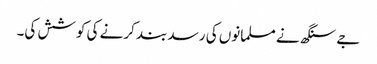
جے سنگھ نے مسلمانوں کی رسد بند کرنے کی کوشش کی۔